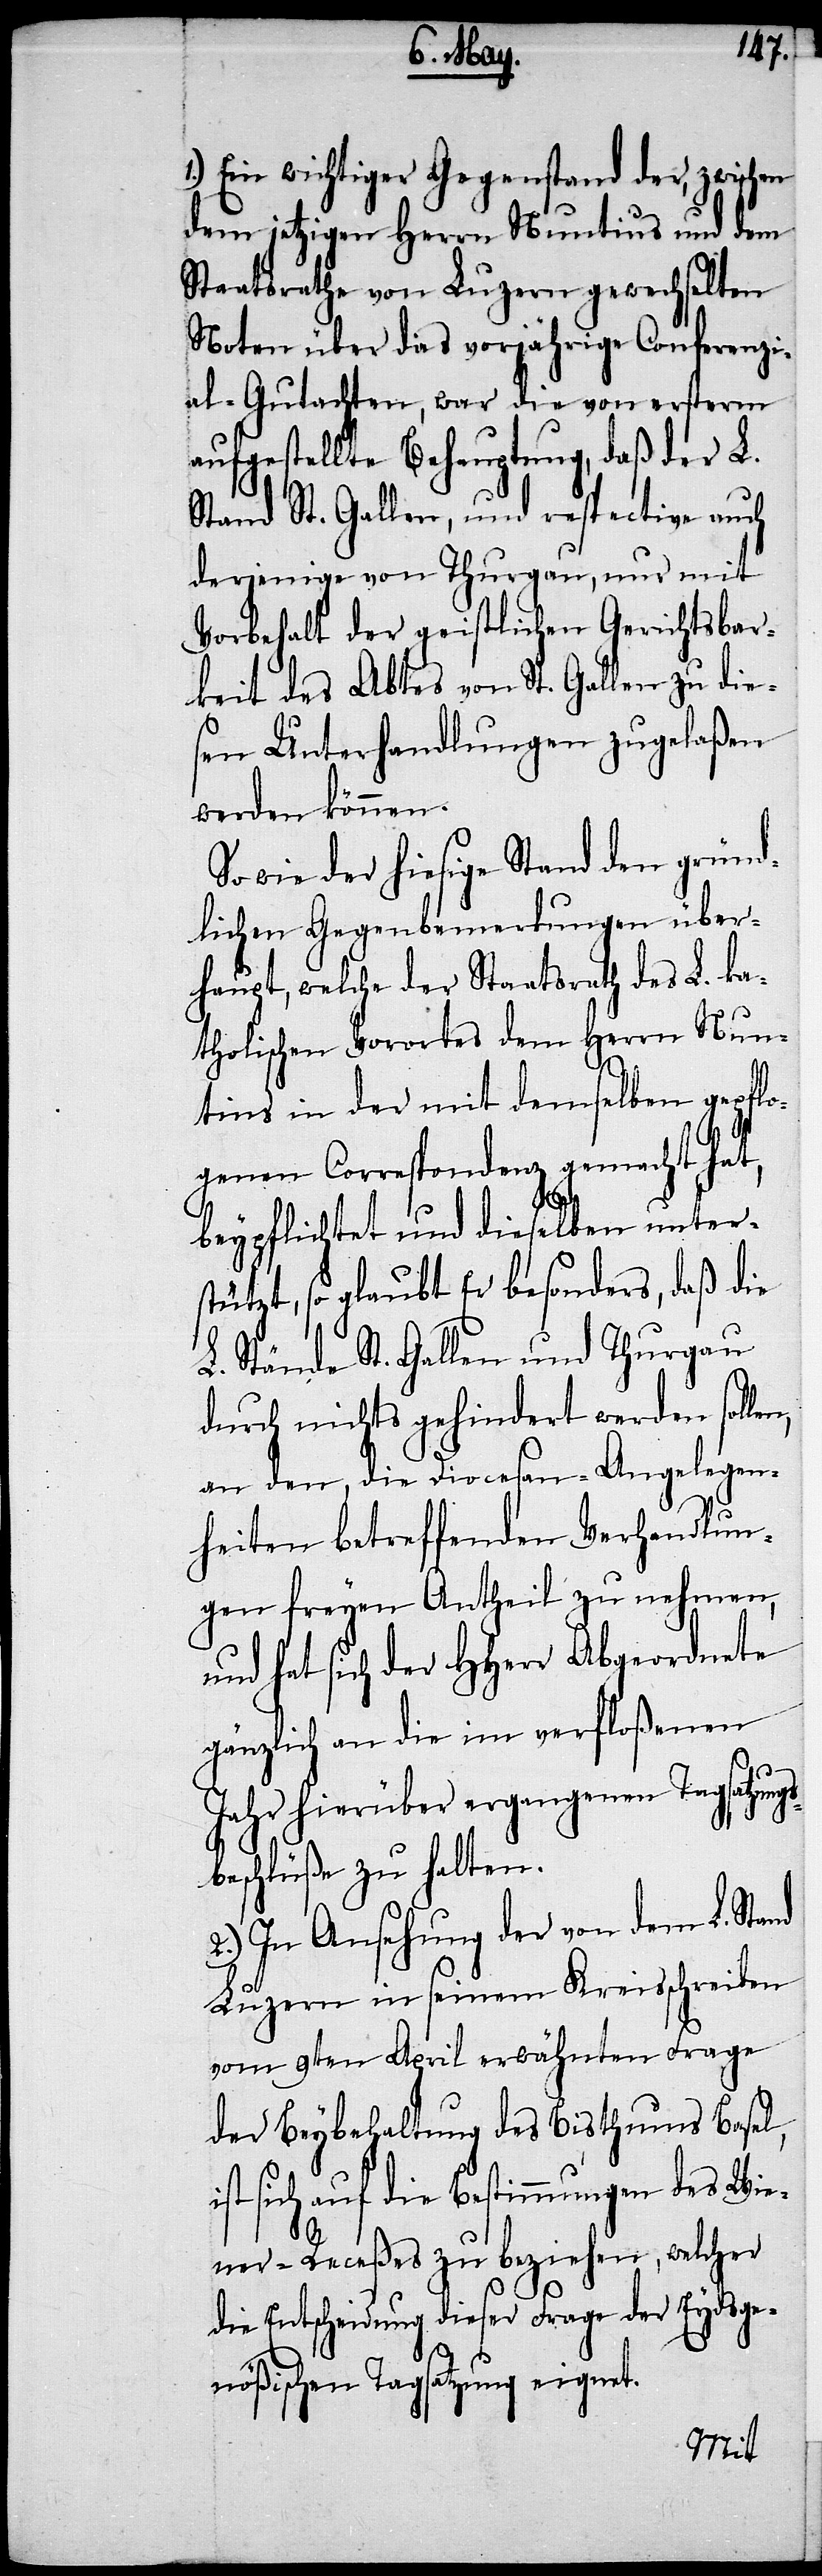
n,
Ein wichtiger Gegenstand der,
dem jetztigen Herrn Nuntius und dem
Staatsrathe von Luzern gewechselten
Noten über das vorjährige Conferenzi¬
al-Gutachten, war die von ersterm
aufgestellte Behauptung, daß der L.
Stand St. Gallen, und respective auch
derjenige von Thurgau, nur mit
Vorbehalt der geistlichen Gerichtsbar¬
keit des Abtes von St. Gallen zu die¬
sen Unterhandlungen zugelaßen
werden können.
So wie der hiesige Stand den gründ¬
lichen Gegenbemerkungen über¬
haupt, welche der Staatsrath des L. ka¬
tholischen Vorortes dem Herrn Nun¬
tius in der mit demselben gepflo¬
genen Correspondenz gemacht hat,
beypflichtet und dieselben unter¬
stützt, so glaubt Er besonders, daß die
L. Stände St. Gallen und Thurgau
durch nichts gehindert werden solle¬
an den, die Diocesan-Angelegen¬
heiten betreffenden Verhandlun¬
gen freyen Antheil zu nehmen,
und hat sich der HHerr Abgeordnete
gänzlich an die im verfloßenen
Jahr hierüber ergangenen Tagsatzung¬
sbeschlüße zu halten.
2.) In Ansehung der von dem L. Stand
Luzern in seinem Kreisschreiben
vom 9ten April erwähnten Frage
der Beybehaltung des Bisthums Basel,
ist sich auf die Bestimmungen des Wie¬
ner-Receßes zu beziehen, welcher
die Entscheidung dieser Frage der Eydsge¬
nößischen Tagsatzung eignet.